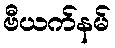
ဗီယက်နမ်